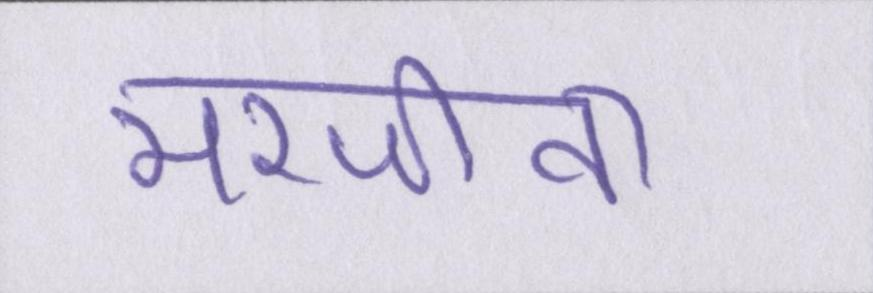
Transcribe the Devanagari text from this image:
मरजीवा